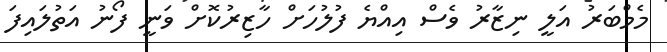
މެމްބަރު އަލީ ނިޒާރު ވެސް އިއްޔެ ފުލުހަށް ހާޒިރުކޮށް ވަނީ ފޯނު އަތުލައިފަ